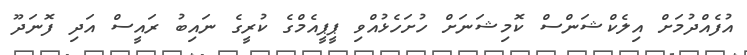
އުފެއްދުމަށް އިލެކްޝަންސް ކޮމިޝަނަށް ހުށަހެޅުއްވި ޕީޕީއެމްގެ ކުރީގެ ނައިބު ރައީސް އަދި ފޮނަދޫ